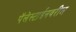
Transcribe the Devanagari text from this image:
पॅलेस्टाईनवरील